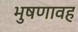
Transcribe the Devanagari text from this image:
भुषणावह